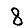
Digit: 8